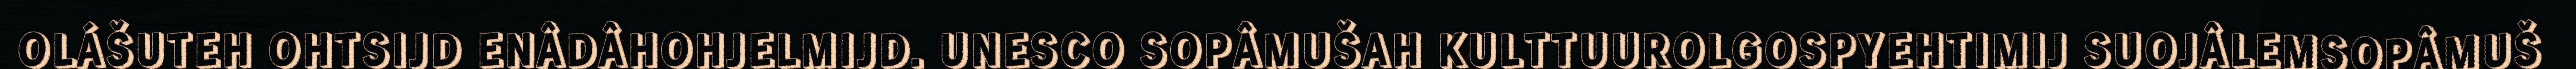
OLÁŠUTEH OHTSIJD ENÂDÂHOHJELMIJD. UNESCO SOPÂMUŠAH KULTTUUROLGOSPYEHTIMIJ SUOJÂLEMSOPÂMUŠ